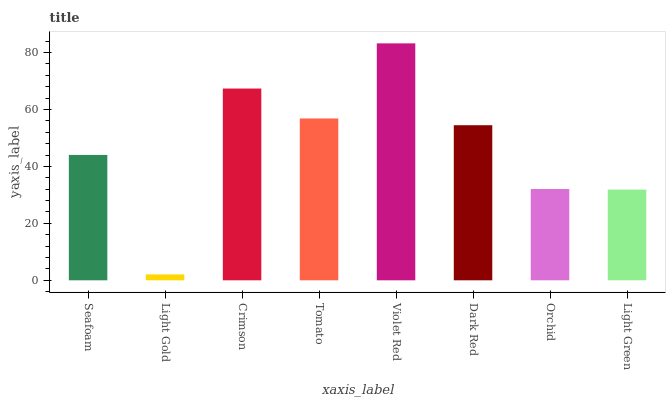
| xaxis_label | bars |
 | --- | --- |
 | Seafoam | 44 |
 | Light Gold | 2.07 |
 | Crimson | 67.4 |
 | Tomato | 56.9 |
 | Violet Red | 83.2 |
 | Dark Red | 54.5 |
 | Orchid | 32.1 |
 | Light Green | 31.9 |